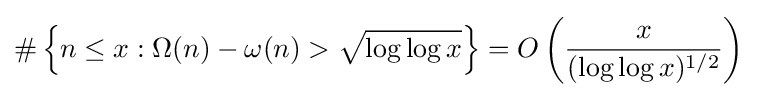
\#\left\{n\leq x:\Omega (n)-\omega (n)>{\sqrt {\log \log x}}\right\}=O\left({\frac {x}{(\log \log x)^{1/2}}}\right)